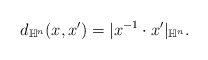
\begin{align*} \begin{aligned} d_{\mathbb{H}^n}(x,x')=|x^{-1}\cdot x'|_{\mathbb{H}^n}. \end{aligned}\end{align*}